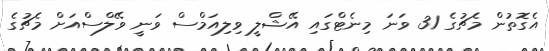
އެގޮތުން މެޗުގެ 31 ވަނަ މިނެޓްގައި އޭޝްލީ ވިލިއަމްސް ވަނީ ވޭލްސްއަށް މެޗުގެ